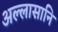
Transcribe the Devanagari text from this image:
अल्लासानि